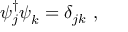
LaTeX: \psi _ { j } ^ { \dagger } \psi _ { k } ^ { } = \delta _ { j k } ~ ,